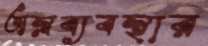
অস্ত্রব্যবস্থার